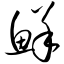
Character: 鲜